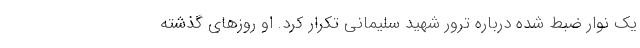
یک نوار ضبط شده درباره ترور شهید سلیمانی تکرار کرد. او روزهای گذشته